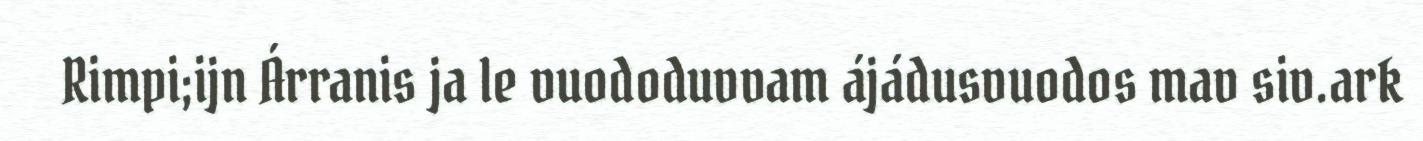
Rimpi;ijn Árranis ja le vuododuvvam ájádusvuodos mav siv.ark